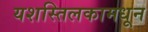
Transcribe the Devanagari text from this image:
यशस्तिलकामधून